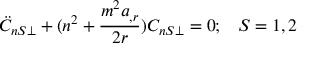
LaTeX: \ddot { C } _ { n S \perp } + ( n ^ { 2 } + \frac { m ^ { 2 } a _ { , r } } { 2 r } ) C _ { n S \perp } = 0 ; \; \; \; S = 1 , 2